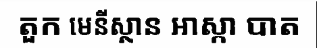
តួក មេនីស្ថាន អាស្កា បាត